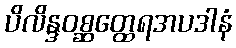
ပိလိန္ဒဝစ္ဆတ္ထေရအပဒါနံ